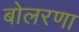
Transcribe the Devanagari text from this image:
बोलरणा